Sketch of the medical history of the native army of Bombay, for the year
Year: 1876
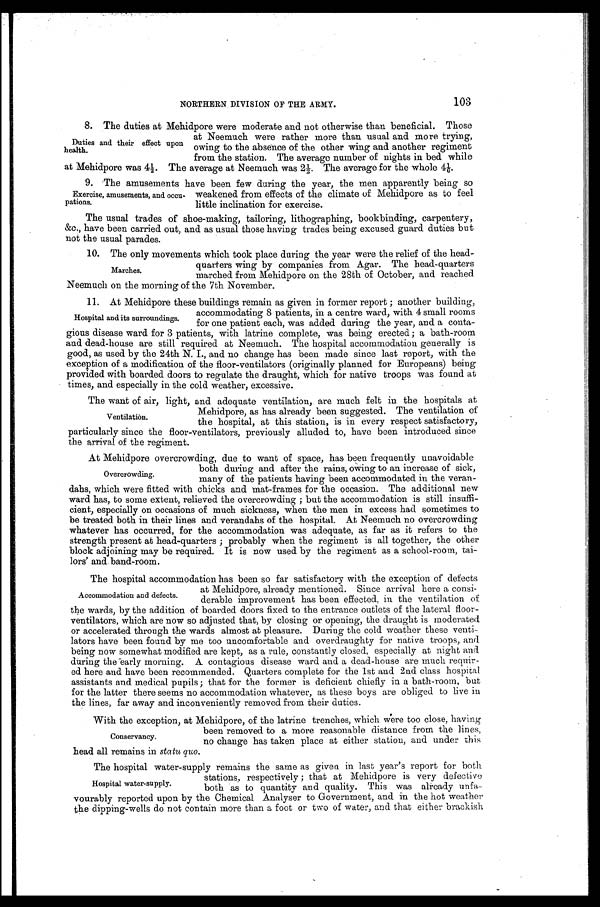
103
NORTHERN DIVISION OF THE ARMY.
8 . T h e d u t i e s a t M e h i d p o r e w e r e m o d e r a t e a n d n o t o t h e r w i s e t h a n b e n e f i c i a l . T h o s e
at Neemuch were rather more than usual and more trying,
owing to the absence of the other wing and another regiment
from the station. The average number of nights in bed while
at Mehidpore was 4½. The average at Neemuch was 2½. The average for the whole 41/6.
9 . T h e a m u s e m e n t s h a v e b e e n f e w d u r i n g t h e y e a r , t h e m e n a p p a r e n t l y b e i n g s o
weakened from effects of the climate of Mehidpore as to feel
little inclination for exercise.
The usual trades of shoe-making, tailoring, lithographing, bookbinding, carpentery,
&c., have been carried out, and as usual those having trades being excused guard duties but
not the usual parades.
10. The only movements which took place during the year were the relief of the head
-
quarters wing by companies from Agar. The head-quarters
marched from Mehidpore on the 28th of October, and reached
Neemuch on the morning of the 7th November.
11. At Mehidpore these buildings remain as given in former report; another building,
accommodating 8 patients, in a centre ward, with 4 small rooms
for one patient each, was added during the year, and a conta
-gious disease ward for 3 patients, with latrine complete, was being erected; a bath-room
and dead-house are still required at Neemuch. The hospital accommodation generally is
good, as used by the 24th N. I., and no change has been made since last report, with the
exception of a modification of the floor-ventilators (originally planned for Europeans) being
provided with boarded doors to regulate the draught, which for native troops was found at
times, and especially in the cold weather, excessive.
The want of air, light, and adequate ventilation, are much felt in the hospitals at
Mehidpore, as has already been suggested. The ventilation of
the hospital, at this station, is in every respect satisfactory,
particularly since the floor-ventilators, previously alluded to, have been introduced since
the arrival of the regiment.
At Mehidpore overcrowding, due to want of space, has been frequently unavoidable
both during and after the rains, owing to an increase of sick,
many of the patients having been accommodated in the veran
-dahs, which were fitted with chicks and mat-frames for the occasion. The additional new
ward has, to some extent, relieved the overcrowding; but the accommodation is still insuffi
-cient, especially on occasions of much sickness, when the men in excess had sometimes to
be treated both in their lines and verandahs of the hospital. At Neemuch no overcrowding
whatever has occurred, for the accommodation was adequate, as far as it refers to the
strength present at head-quarters; probably when the regiment is all together, the other
block adjoining may be required. It is now used by the regiment as a school-room, tai
-lors' and band-room.
The hospital accommodation has been so far satisfactory with the exception of defects
at Mehidpore, already mentioned. Since arrival here a consi
-
derable improvement has been effected, in the ventilation of
the wards, by the addition of boarded doors fixed to the entrance outlets of the lateral floor
- v e n t i l a t o r s , w h i c h a r e n o w s o a d j u s t e d t h a t , b y c l o s i n g o r o p e n i n g , t h e d r a u g h t i s m o d e r a t e d
or accelerated through the wards almost at pleasure. During the cold weather these venti
- l a t o r s h a v e b e e n f o u n d b y m e t o o u n c o m f o r t a b l e a n d o v e r d r a u g h t y f o r n a t i v e t r o o p s , a n d
being now somewhat modified are kept, as a rule, constantly closed, especially at night and
during the early morning. A contagious disease ward and a dead-house are much requir
- e d h e r e a n d h a v e b e e n r e c o m m e n d e d . Q u a r t e r s c o m p l e t e f o r t h e 1 s t a n d 2 n d c l a s s h o s p i t a l
assistants and medical pupils; that for the former is deficient chiefly in a bath-room, but
for the latter there seems no accommodation whatever, as these boys are obliged to live in
the lines, far away and inconveniently removed from their duties.
With the exception, at Mehidpore, of the latrine trenches, which were too close, having
been removed to a more reasonable distance from the lines,
no change has taken place at either station, and under this
head all remains in statu quo.
Duties and their effect upon
health.
Exercise, amusements, and occu
-pations.
Marches.
Hospital and its surroundings.
Ventilation.
Overcrowding.
Accommodation and defects.
Conservancy.
The hospital water-supply remains the same as given in last year's report for both
stations, respectively; that at Mehidpore is very defective
both as to quantity and quality. This was already unfa
- v o u r a b l y r e p o r t e d u p o n b y t h e C h e m i c a l A n a l y s e r t o G o v e r n m e n t , a n d i n t h e h o t w e a t h e r
the dipping-wells do not contain more than a foot or two of water, and that either brackish
Hospital water-supply.